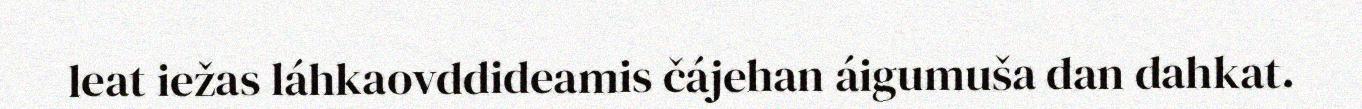
leat iežas láhkaovddideamis čájehan áigumuša dan dahkat.